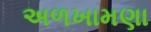
અળખામણા